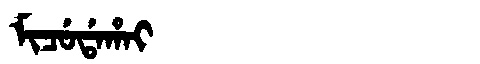
Manchu: ᠮᡳᠴᡠᡩᠠᡥᠠᡳ
Romanization: MICUDAHAI